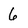
Character: 6